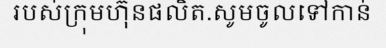
របស់ក្រុមហ៊ុនផលិត.សូមចូលទៅកាន់